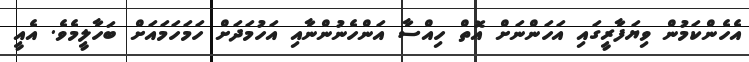
އެހެންކަމުން ވިޔަފާރީގައި އަހަންނަށް އޮތް ހިއްސާ އަންހެނުންނާއި އަހުމަދަށް ހަމަހަމައަށް ބަހާލީމެވެ. އެއީ